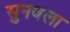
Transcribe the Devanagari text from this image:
सुनवला